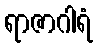
ရာဇာဂါရံ